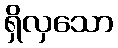
ရှိလှသော